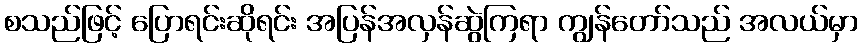
စသည်ဖြင့် ပြောရင်းဆိုရင်း အပြန်အလှန်ဆွဲကြရာ ကျွန်တော်သည် အလယ်မှာ